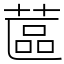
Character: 蓲